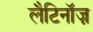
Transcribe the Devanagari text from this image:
लैटिनॉज़